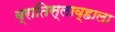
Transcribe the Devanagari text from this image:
ब्रातिस्लाव्हाला